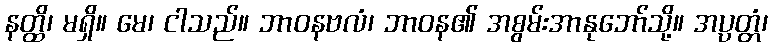
နတ္ထိ၊ မရှိ။ မေ၊ ငါသည်။ ဘာဝနဗလံ၊ ဘာဝန၏ အစွမ်းအာနုဘော်သို့။ အပ္ပတ္တံ၊